Report on malaria in the Punjab during the year ...  together with an account of the work of the Punjab Malaria Bureau - Volume 4
Disease focus: Malaria
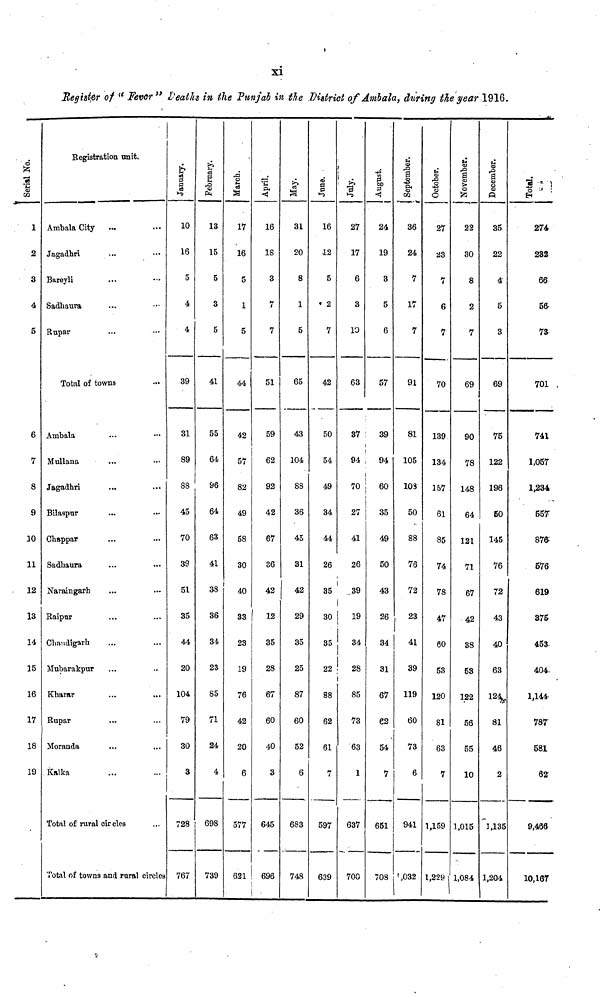
xi
Register of "Fever" Deaths in the Punjab in the District of Ambala, during the year 1916.
Serial No.
1
2
3
4
5
6
7
8
9
10
11
12
13
14
15
16
17
18
19
Registration unit.
Ambala City
Jagadbri
Bareyli
Sadbaura
Rupar
Total of towns
Ambala
Mullana
Jagadhri
Bilaspur
Chappar
Sadbaura
Naraingarh
Raipor
Chandigarh
Mubarakpur
Kharar
Rupar
Moranda
Kalka
Total of rural circles
Total of towns and rural circles
January.
10
16
5
4
4
39
31
89
88
45
70
39
51
35
44
20
104
79
30
3
728
767
February.
13
15
5
3
5
41
55
64
96
64
63
41
38
36
34
23
85
71
24
4
698
739
March.
17
16
5
1
5
44
42
57
82
49
58
30
40
33
23
19
76
42
20
6
577
621
April.
16
18
3
7
7
51
59
62
92
42
67
36
42
12
35
28
67
60
40
3
645
696
May.
31
20
8
1
5
65
43
104
88
36
45
31
42
29
35
25
87
60
52
6
683
748
June.
16
12
5
« 2
7
42
50
54
49
34
44
26
35
30
35
22
88
62
61
7
597
639
July.
27
17
6
3
10
63
37
94
70
27
41
26
.39
19
28
85
73
63
1
637
700
August.
24
19
3
5
6
57
39
94
60
35
49
50
43
26
34
31
67
62
54
7
651
708
September.
36
24
7
17
7
91
81
105
103
50
88
76
72
41
39
119
60
73
6
941
1,032
October.
27
23
7
6
7
70
139
134
157
61
85
74
78
47
60
53
120
81
63
7
1,159
1,229
November.
22
30
8
2
7
69
90
78
148
64
121
71
67
42
38
53
122
56
55
10
1,015
1,084
December.
35
22
4
5
3
69
75
122
196
56
145
76
72
43
40
63
81
46
2
1,135
1,204
Total.
274
232
66
56-
73
701 .
741
1,057
1,234
557
876
576
619
375
453
404.
1,144
787
581
62
9,466
10,167